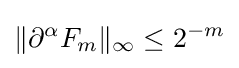
\|\partial ^{\alpha }F_{m}\|_{\infty }\leq 2^{-m}